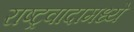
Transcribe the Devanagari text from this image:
राष्ट्रवादामध्ये